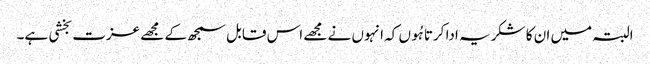
البتہ میں ان کا شکریہ ادا کرتا ہُوں کہ انہوں نے مجھے اس قابل سمجھ کے مجھے عزت بخشی ہے۔